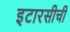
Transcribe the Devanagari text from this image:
इटारसीची